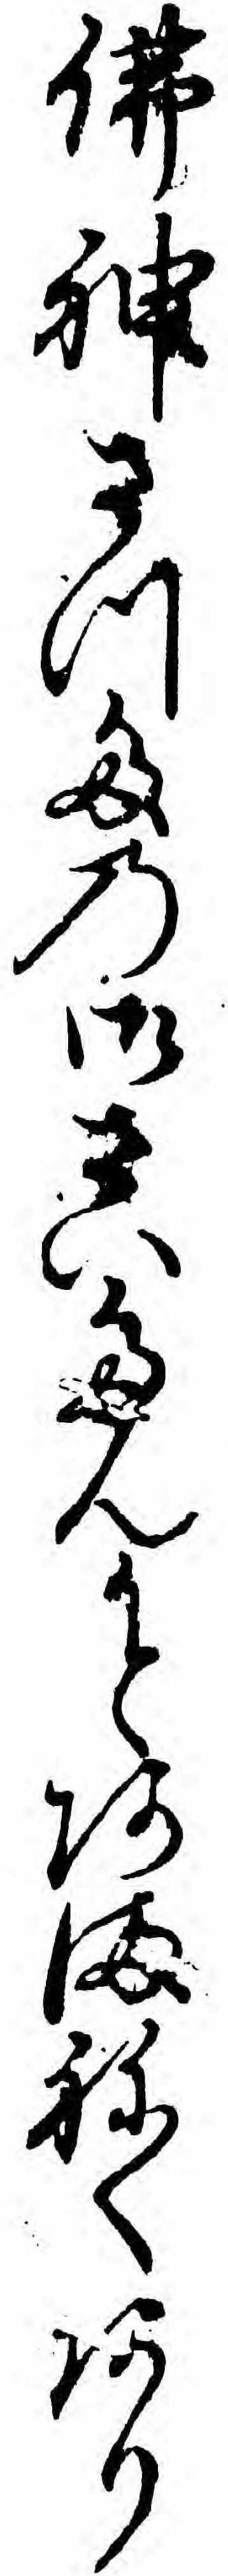
仏神さつたの御さいたんかとあまねくあり